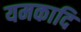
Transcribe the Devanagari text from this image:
यमकादि